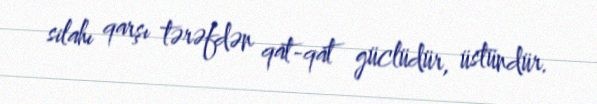
silahı qarşı tərəfdən qat-qat güclüdür, üstündür.